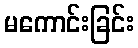
မကောင်းခြင်း